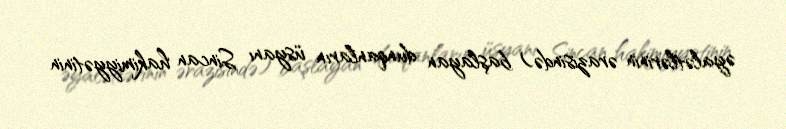
əyalətlərinin ərazisində) başlayan dunqanların üsyanı Sincan hakimiyyətinin